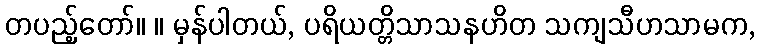
တပည့်တော်။ ။ မှန်ပါတယ်, ပရိယတ္တိသာသနဟိတ သကျသီဟသာမက,